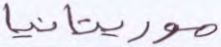
موريتانيا